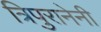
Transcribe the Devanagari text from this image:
त्रिपुरानेनी